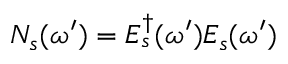
{ \cal N } _ { s } ( \omega ^ { \prime } ) = { \cal E } _ { s } ^ { \dagger } ( \omega ^ { \prime } ) { \cal E } _ { s } ( \omega ^ { \prime } )